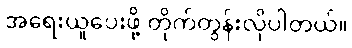
အရေးယူပေးဖို့ တိုက်တွန်းလိုပါတယ်။